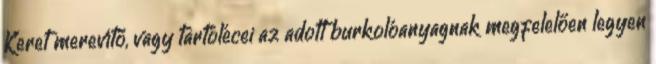
Keret merevítő, vagy tartólécei az adott burkolóanyagnak megfelelően legyen